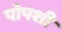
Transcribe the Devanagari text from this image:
पोपशी